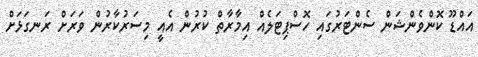
އައްޑޫ ކޮންވެންޝަން ސެންޓަރުގައި ހޮސްޕިޓަލެއް އިމާރާތް ކުރުން އެއީ މިސަރުކާރުން ވަރަށް ރަނގަޅަށް